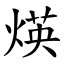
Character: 煐